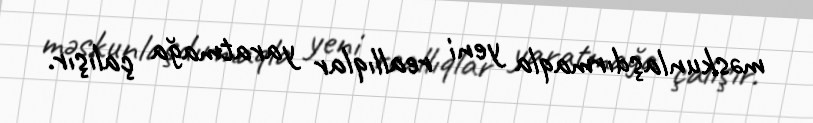
məskunlaşdırmaqla yeni reallıqlar yaratmağa çalışır.